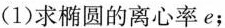
(1)求椭圆的离心率e；